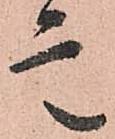
言